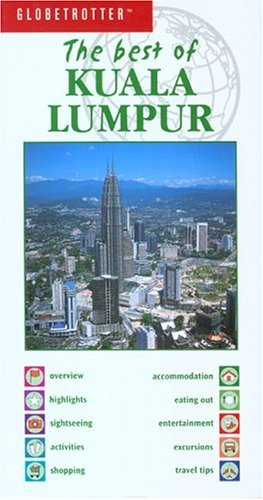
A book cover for Best of Kuala Lumpur (Globetrotter Best of Series); Helen Oon; Travel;